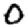
Digit: 0